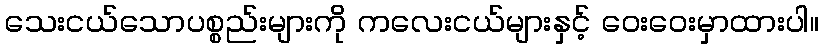
သေးငယ်သောပစ္စည်းများကို ကလေးငယ်များနှင့် ဝေးဝေးမှာထားပါ။